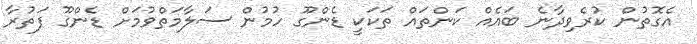
އެގޮތުން ކުރެވިދާނެ ބައެއް ކަންތައް ތަކަކީ ޑެންގޫ ހުމުން ސަލާމަތްވުމަށް ޑެންގޫ ފަތުރާ